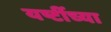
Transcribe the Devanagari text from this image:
यष्टींच्या